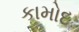
કામોદ